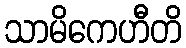
သာမိကေဟီတိ